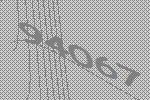
94067